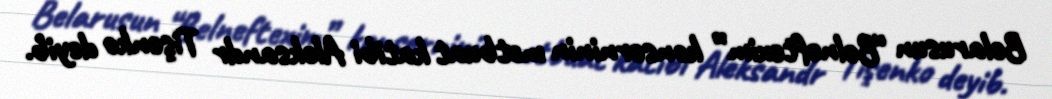
Belarusun “Belneftexim” konserninin mətbuat katibi Aleksandr Tişenko deyib.